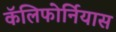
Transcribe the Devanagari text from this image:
कॅलिफोर्नियास